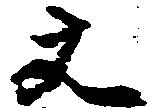
文